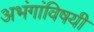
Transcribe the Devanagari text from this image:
अभंगांविषयी